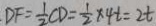
D F = \frac { 1 } { 2 } C D = \frac { 1 } { 2 } \times 4 t = 2 t